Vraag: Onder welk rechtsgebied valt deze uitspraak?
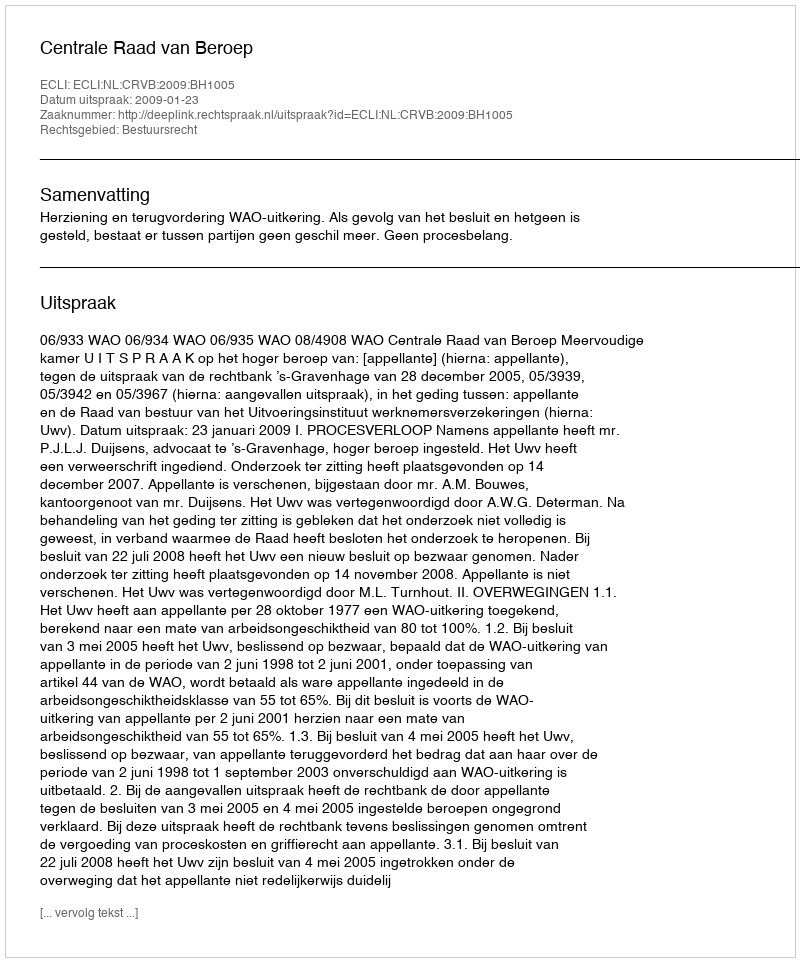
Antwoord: Bestuursrecht